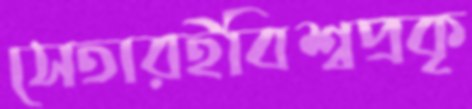
সেতারইবিশ্বপ্রকৃ